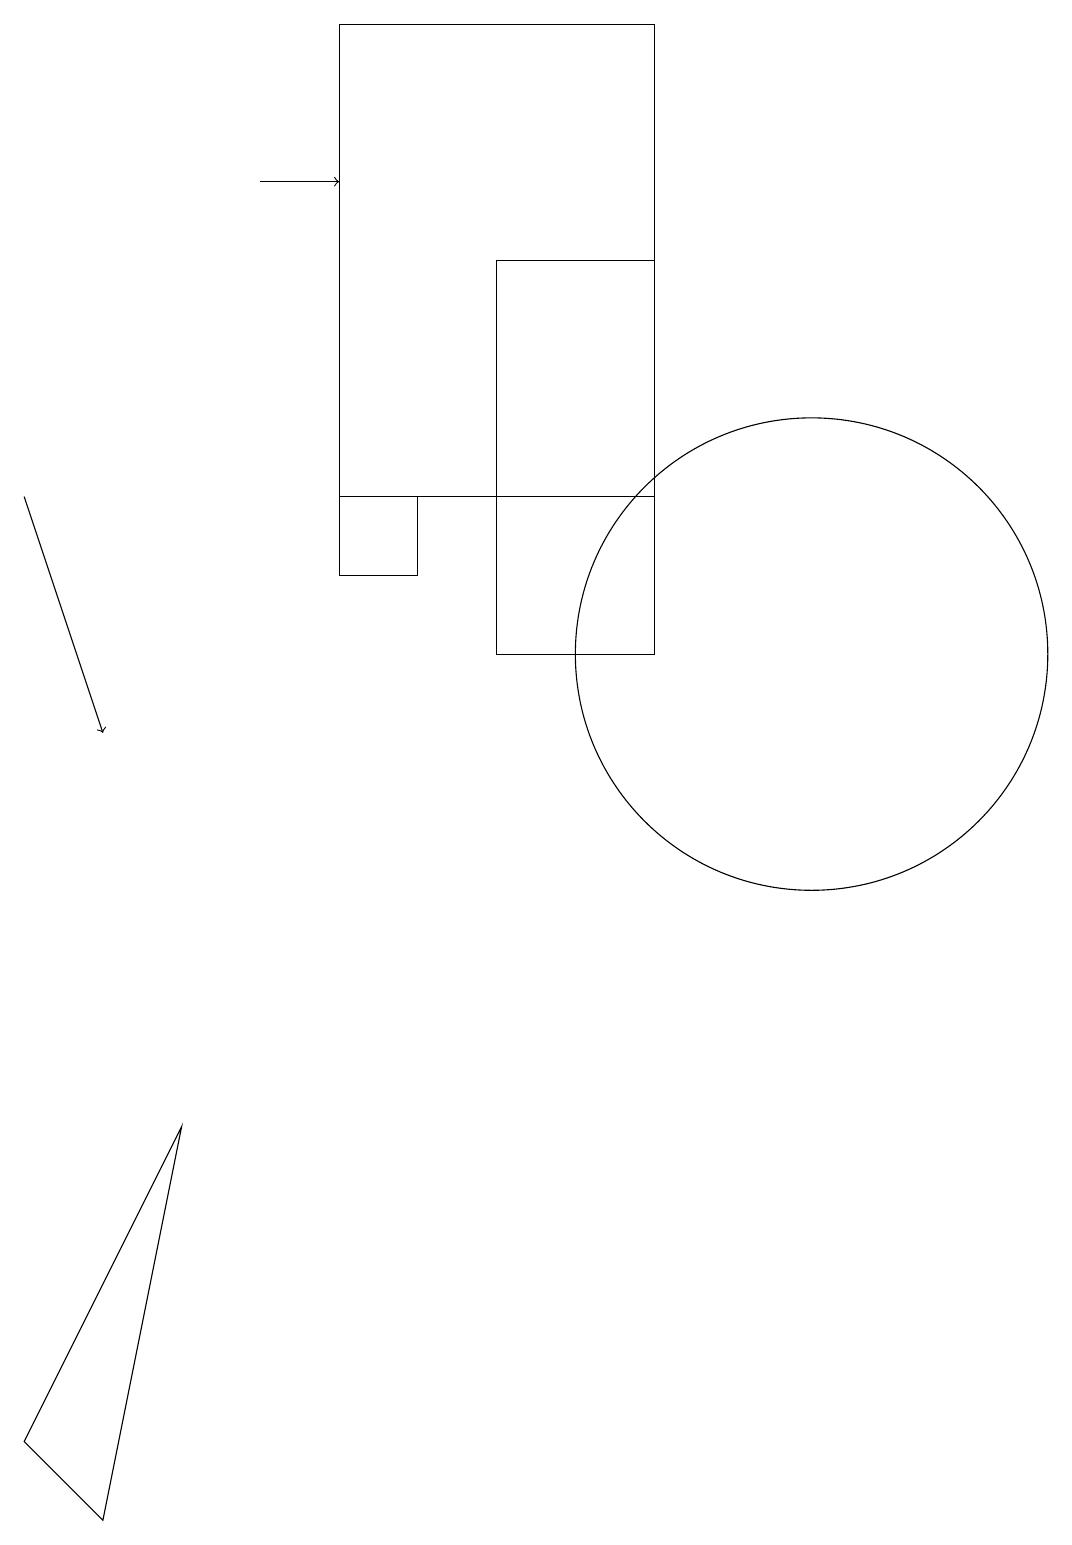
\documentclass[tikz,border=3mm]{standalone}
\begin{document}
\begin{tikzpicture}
\draw (2,5) -- (0,1) -- (1,0) -- cycle;
\draw (6,16) rectangle (8,11);
\draw (5,13) rectangle (4,12);
\draw (8,13) rectangle (4,19);
\draw (10,11) circle (3);
\draw[->] (3,17) -- (4,17);
\draw[->] (0,13) -- (1,10);
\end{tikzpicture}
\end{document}